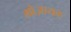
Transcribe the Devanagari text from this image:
मोज़ायक